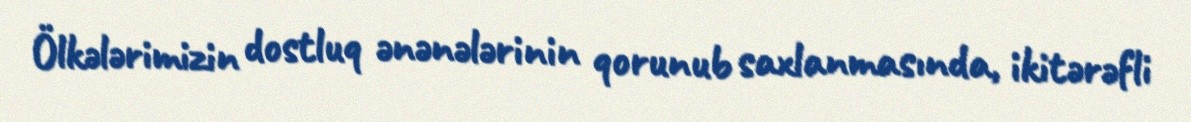
Ölkələrimizin dostluq ənənələrinin qorunub saxlanmasında, ikitərəfli